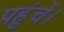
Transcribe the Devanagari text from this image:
पहुंचें।